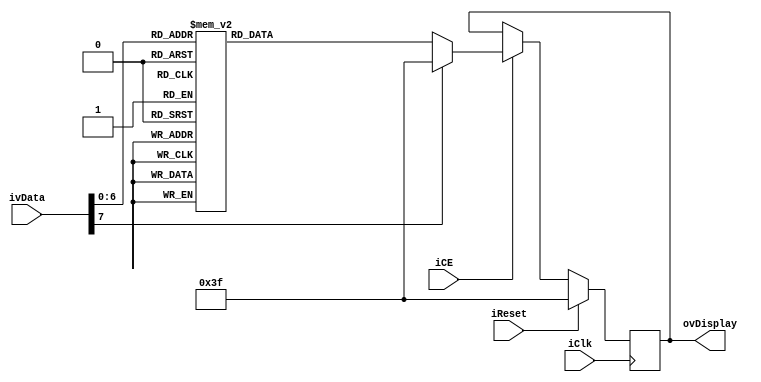
`timescale 1ns / 1ps
//////////////////////////////////////////////////////////////////////////////////
// Company: 
// Engineer: 
// 
// Design Name: 
// Module Name:    ASCII 
// Project Name: 
// Target Devices: 
// Tool versions: 
// Description: 
//
// Dependencies: 
//
// Revision: 
// Revision 0.01 - File Created
// Additional Comments: 
//
//////////////////////////////////////////////////////////////////////////////////
module ASCII(
input [7:0]ivData,
input iCE,
input iClk,
input iReset,
output [6:0] ovDisplay
    );


reg [6:0]rvDisplay_Q;
reg [6:0]rvDisplay_D;

assign ovDisplay=rvDisplay_Q;

always @(posedge iClk)
begin
	
	if(iReset)
	begin
		rvDisplay_Q<=7'b0111111;
	end
	else
	begin
		if(iCE)
		begin
			rvDisplay_Q<=rvDisplay_D;
		end
		else
		begin
			rvDisplay_Q<=rvDisplay_Q;
		end
	end

end

always @*
begin
	case(ivData)
	8'd65:rvDisplay_D=7'b0001000;//a
	8'd66:rvDisplay_D=7'b0000000;//b
	8'd67:rvDisplay_D=7'b1000110;//c
	8'd68:rvDisplay_D=7'b1000000;//d
	8'd69:rvDisplay_D=7'b0000110;//e
	8'd70:rvDisplay_D=7'b0001110;//f
	8'd71:rvDisplay_D=7'b1000010;//g
	8'd72:rvDisplay_D=7'b0001001;//h
	8'd73:rvDisplay_D=7'b1111001;//i
	8'd74:rvDisplay_D=7'b1100001;//j
	8'd75:rvDisplay_D=7'b0001001;//k
	8'd76:rvDisplay_D=7'b1000111;//l
	8'd77:rvDisplay_D=7'b0101011;//m
	8'd78:rvDisplay_D=7'b0101011;//n
	8'd79:rvDisplay_D=7'b0100011;//o
	8'd80:rvDisplay_D=7'b0001100;//p
	8'd81:rvDisplay_D=7'b0011000;//q
	8'd82:rvDisplay_D=7'b0101111;//r
	8'd83:rvDisplay_D=7'b0010010;//s
	8'd84:rvDisplay_D=7'b0111001;//t
	8'd85:rvDisplay_D=7'b1100011;//u
	8'd86:rvDisplay_D=7'b1100011;//v
	8'd87:rvDisplay_D=7'b1100011;//w
	8'd88:rvDisplay_D=7'b0111001;//x
	8'd89:rvDisplay_D=7'b0011001;//y
	8'd90:rvDisplay_D=7'b0100100;//z
	default:rvDisplay_D=7'b0111111;
	endcase
end

endmodule